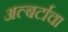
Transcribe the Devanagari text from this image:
अल्बर्टाचा